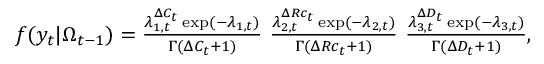
\begin{array} { r c l } { f ( y _ { t } | \Omega _ { t - 1 } ) = \frac { \lambda _ { 1 , t } ^ { \Delta C _ { t } } \exp ( - \lambda _ { 1 , t } ) } { \Gamma ( \Delta C _ { t } + 1 ) } ~ \frac { \lambda _ { 2 , t } ^ { \Delta R c _ { t } } \exp ( - \lambda _ { 2 , t } ) } { \Gamma ( \Delta R c _ { t } + 1 ) } ~ \frac { \lambda _ { 3 , t } ^ { \Delta D _ { t } } \exp ( - \lambda _ { 3 , t } ) } { \Gamma ( \Delta D _ { t } + 1 ) } , } \end{array}